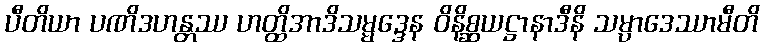
ပီတိယာ ပဏိဒဟန္တဿ ဟတ္ထိအာဒိသမ္မဒ္ဒေန ဝိနိစ္ဆယဋ္ဌာနာဒီနိ သမ္ပာဒေဿာမီတိ